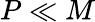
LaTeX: P\ll M